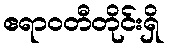
ဧရာဝတီတိုင်းရှိ